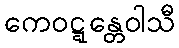
ကေဝဋ္ဋန္တေဝါသီ